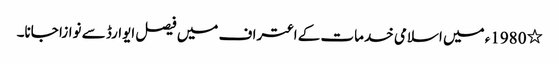
٭ 1980ء میں اسلامی خدمات کے اعتراف میں فیصل ایوارڈ سے نوازا جانا۔